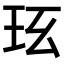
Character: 𤤈